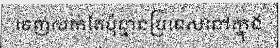
ចេញលក់តែប៉ុន្មានប្រទេសនៅក្នុង